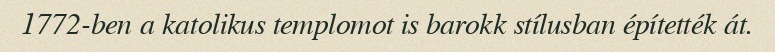
1772-ben a katolikus templomot is barokk stílusban építették át.